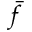
\bar { f }